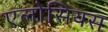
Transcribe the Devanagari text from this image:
एलोसियस